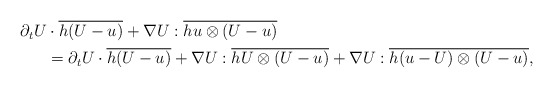
\begin{align*}\begin{aligned}\partial_tU&\cdot \overline{h(U-u)}+\nabla U :\overline{hu\otimes(U-u)}\\&=\partial_tU\cdot \overline{h(U-u)}+\nabla U :\overline{hU\otimes(U-u)}+\nabla U :\overline{h(u-U)\otimes(U-u)},\end{aligned}\end{align*}